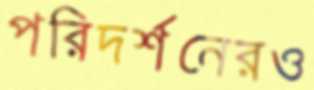
পরিদর্শনেরও